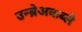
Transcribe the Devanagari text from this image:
उन्ब्रेअकब्ले